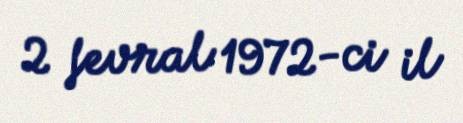
2 fevral 1972-ci il